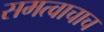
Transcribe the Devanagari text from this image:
समत्वाचाच